Vital statistics of India. Vol. VI, European troops 1870-79
Year: 1870
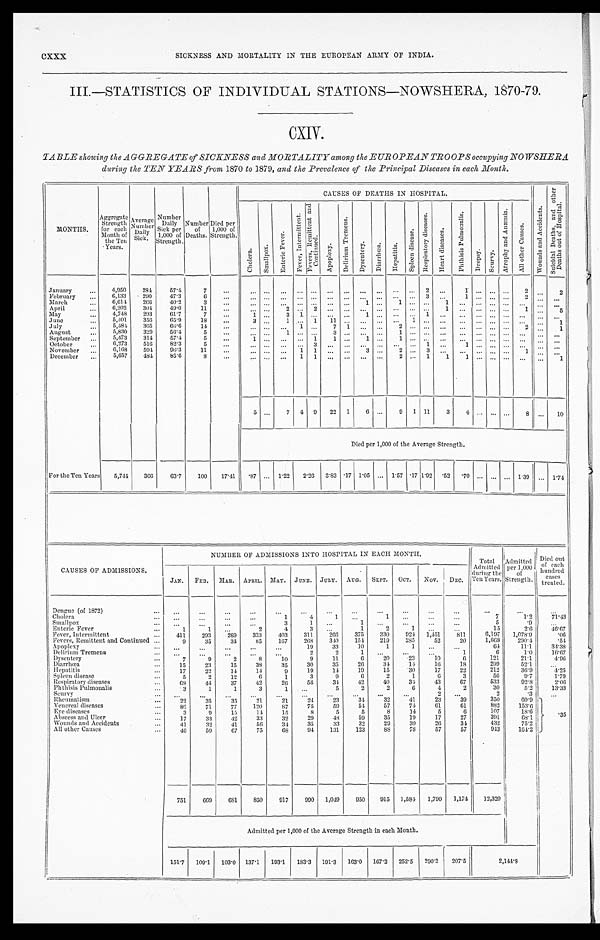
CXXX
SICKNESS AND MORTALITY IN THE EUROPEAN ARMY OF INDIA.
III.—STATISTICS OF INDIVIDUAL STATIONS—NOWSHERA, 1870-79.
CXIV.
TABLE showing the AGGREGATE of SICKNESS and MORTALITY among the EUROPEAN TROOPS occupying NOWSHERA
during the TEN YEARS from, 1870 to 1879, and the Prevalence of the Principal Diseases in each Month.
MONTHS.
Aggregate Strength
for each
Month of
the Ten
Years.
A v e r a g e
N u m b e r
Da i l y
Si ck.
Number Daily
Sick per
1,000 of
Strength.
Number of
Deaths.
Died per
1,000 of
Strength.
CAUSES OF DEATHS IN HOSPITAL.
W o u n d s a n d A c c i d e n t s .
S u i c i d a l D e a t h s , a n d o t h e r
D e a t h s o u t o f H o s p i t a l .
C h o l e r a .
Smal l pox.
E n t e r i c F e v e r .
F e v e r , I n t e r m i t t e n t .
F e v e r , R e m i t t e n t a n d
C o n t i n u e d .
A p o p l e x y .
D e l i r i u m T r e m e n s . Dysent er y. Di arrhœa.
H e p a t i t i s . S p l e e n d i s e a s e s .
R e s p i r a t o r y d i s e a s e s .
H e a r t d i s e a s e s .
P h t h i s i s P u l m o n a l i s .
Dr o p s y .
Sc u r v y .
A t r o p h y a n d A n æ m i a .
Al l o t h e r Ca u s e s .
January
4,950 284 57.4 7
2
1
2
2
February
6,133 290 47.3
6
3 1
2
March
6,614 266 40.2 3
1
1
1
April
6,202 304 49.0 11
2
2
1
1
5
May
4,748 293 61.7 7
1
3 1
1
1
June
5,401 356 65.9 18
3 1
1 11
1
1
July
5,484 365 66.6
1 4
1
7 1
2
2
1
August
5,830 329 56.4 5
1
3
1
September
5,473 314 57.4 5
1
1 1
1 1
October
6,273 516 82.3 5
3
1 1
November
6,168 594 96.3 11
1 1
3
2
3
1
December
5,657
4 8 4 85.6 8
1 1
2
1 1 1
1
5
7 4 9 22 1 6
9 1 11 3 4
8
10
Died per 1,000 of the Average Strength.
For the Ten Years 5,744 366 63.7 100 17.41 .87
1.22 2. 26 3.83 . 17 1.05
1.57 .17 1.92 .52 .70
1.39
1.74
CAUSES OF ADMISSIONS.
NUMBER OF ADMISSIONS INTO HOSPITAL IN EACH MONTH.
Total
Admitted d u r i n g t h e
Ten Years.
Admitted per 1,000 of
Strength.
Died out
of each
hundred c a s e s
t r e a t e d .
JAN. FEB. MAR. APRIL. MAY. JUNE. JULY. AUG. SEPT. OCT. NOV.
D E C .
Dengue (of 1872)
Cholera
1
4
1
1
7
1.2 71. 43
Smallpox
3
1
1
5
.9
Enteric Fever
1
1
2
4
3
1
2
1
15
2.6 46. 67
Fever, Intermittent
411 293 289 333 403 311 266 375 330 924 1,451 811 6,197 1,078.9
.06
Fevers, Remittent and Continued
9 35 34 85 167 268 340 154 219 285 52 20 1,668 290.4
. 54
Apoplexy
19 33 10
1
1
64
11.1 34. 38
Delirium Tremens
2
2
1
1
6
1.0 16. 67
Dysentery
7
9
2
8 10
9 11
6 20 23 10
6
121
21.1
4. 96
Diarrhœa
15 23 15 38 35 30 35 26 34 14 16 18
299 52.1
Hepatitis
17 22 14 14
9 19 14 19 15 30 17 22
212
36.9 4. 25
Spleen disease
5 2 12
6
1
3
9
6
2
1
6
3
56
9.7 1.79
Respiratory diseases
6 8 44 37 42 26 56 34 42 40 34 43 67
533 92.8 2. 06
Phthisis Pulmonalis
3
1
1
3
1
5
2
2
6
4
2
30
5.2 13. 33
Scurvy
2
2
. 3
Rheumatism
22 35 35
2 1
2 1 24 23 34 32 41 23 39
350
60.9
35
Venereal disease
86 71 77 120 87 75 59 54 57
7 4 61
6 1
882 153.6
Eye diseases
3
9 15 14 15
8
5
5
8 14
5
6
107
18.6
Abscess and Ulcer 17 33 42 33 32 29 48 59 35 19 17 27
391
68.1
Wounds and Accidents
41 32 41 56 34 35 33 32 29 39 26 34
432
75.2
All other Causes
46 59 67 75 68
9 4 131 123 88 78 57 57
9 4 3 164.2
751 669 681 850 917 990 1,049 950 915 1,584 1,790 1,174 12,320
Admitted per 1,000 of the Average Strength in each Month.
151.7 109.1 103.0 137.1 193.1 183.3 191.3 163.0 167.2 252.5 290.2 207.5
2 , 1 4 4 . 8